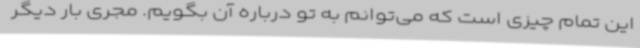
این تمام چیزی است که می‌توانم به تو درباره آن بگویم. مجری بار دیگر